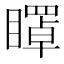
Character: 𥋽